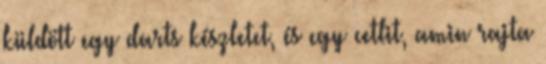
küldött egy darts készletet, és egy cetlit, amin rajta